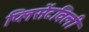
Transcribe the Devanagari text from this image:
प्लिसेंटविली